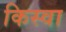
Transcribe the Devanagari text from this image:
किस्वा